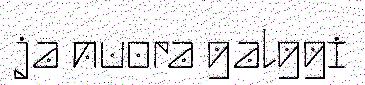
ja nuora galggi